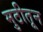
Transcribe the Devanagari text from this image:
मुठीतून